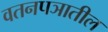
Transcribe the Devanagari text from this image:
वतनपञातील